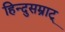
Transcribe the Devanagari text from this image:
हिन्दुसम्राट्